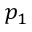
p _ { 1 }